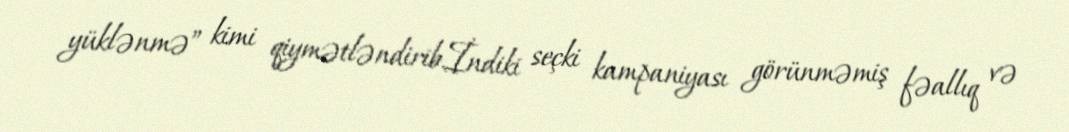
yüklənmə” kimi qiymətləndirib.İndiki seçki kampaniyası görünməmiş fəallıq və